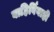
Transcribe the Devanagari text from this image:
वाहिर्विवाही